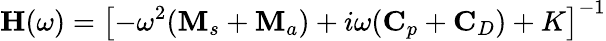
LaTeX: \mathbf{H}(\omega)=\left[-\omega^{2}(\mathbf{M}_{s}+\mathbf{M}_{a})+i\omega(\mathbf{C}_{p}+\mathbf{C}_{D})+K\right]^{-1}